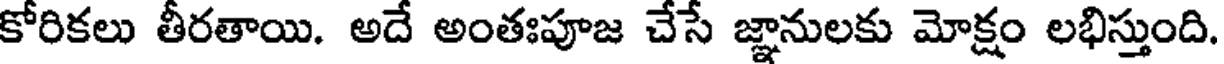
కోరికలు తీరతాయి. అదే అంతఃపూజ చేసే జ్ఞానులకు మోక్షం లభిస్తుంది